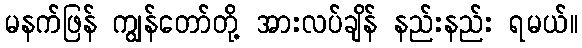
မနက်ဖြန် ကျွန်တော်တို့ အားလပ်ချိန် နည်းနည်း ရမယ်။